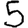
Digit: 5